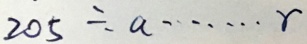
2 0 5 \div a \cdots r